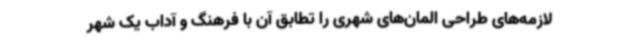
لازمه‌های طراحی المان‌های شهری را تطابق آن با فرهنگ و آداب یک شهر